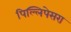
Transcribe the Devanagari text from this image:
पिल्लिपेसरा